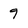
Character: 9